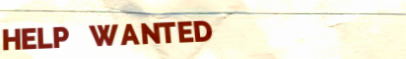
HELP WANTED